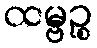
ထမ္ဗဉ္စ